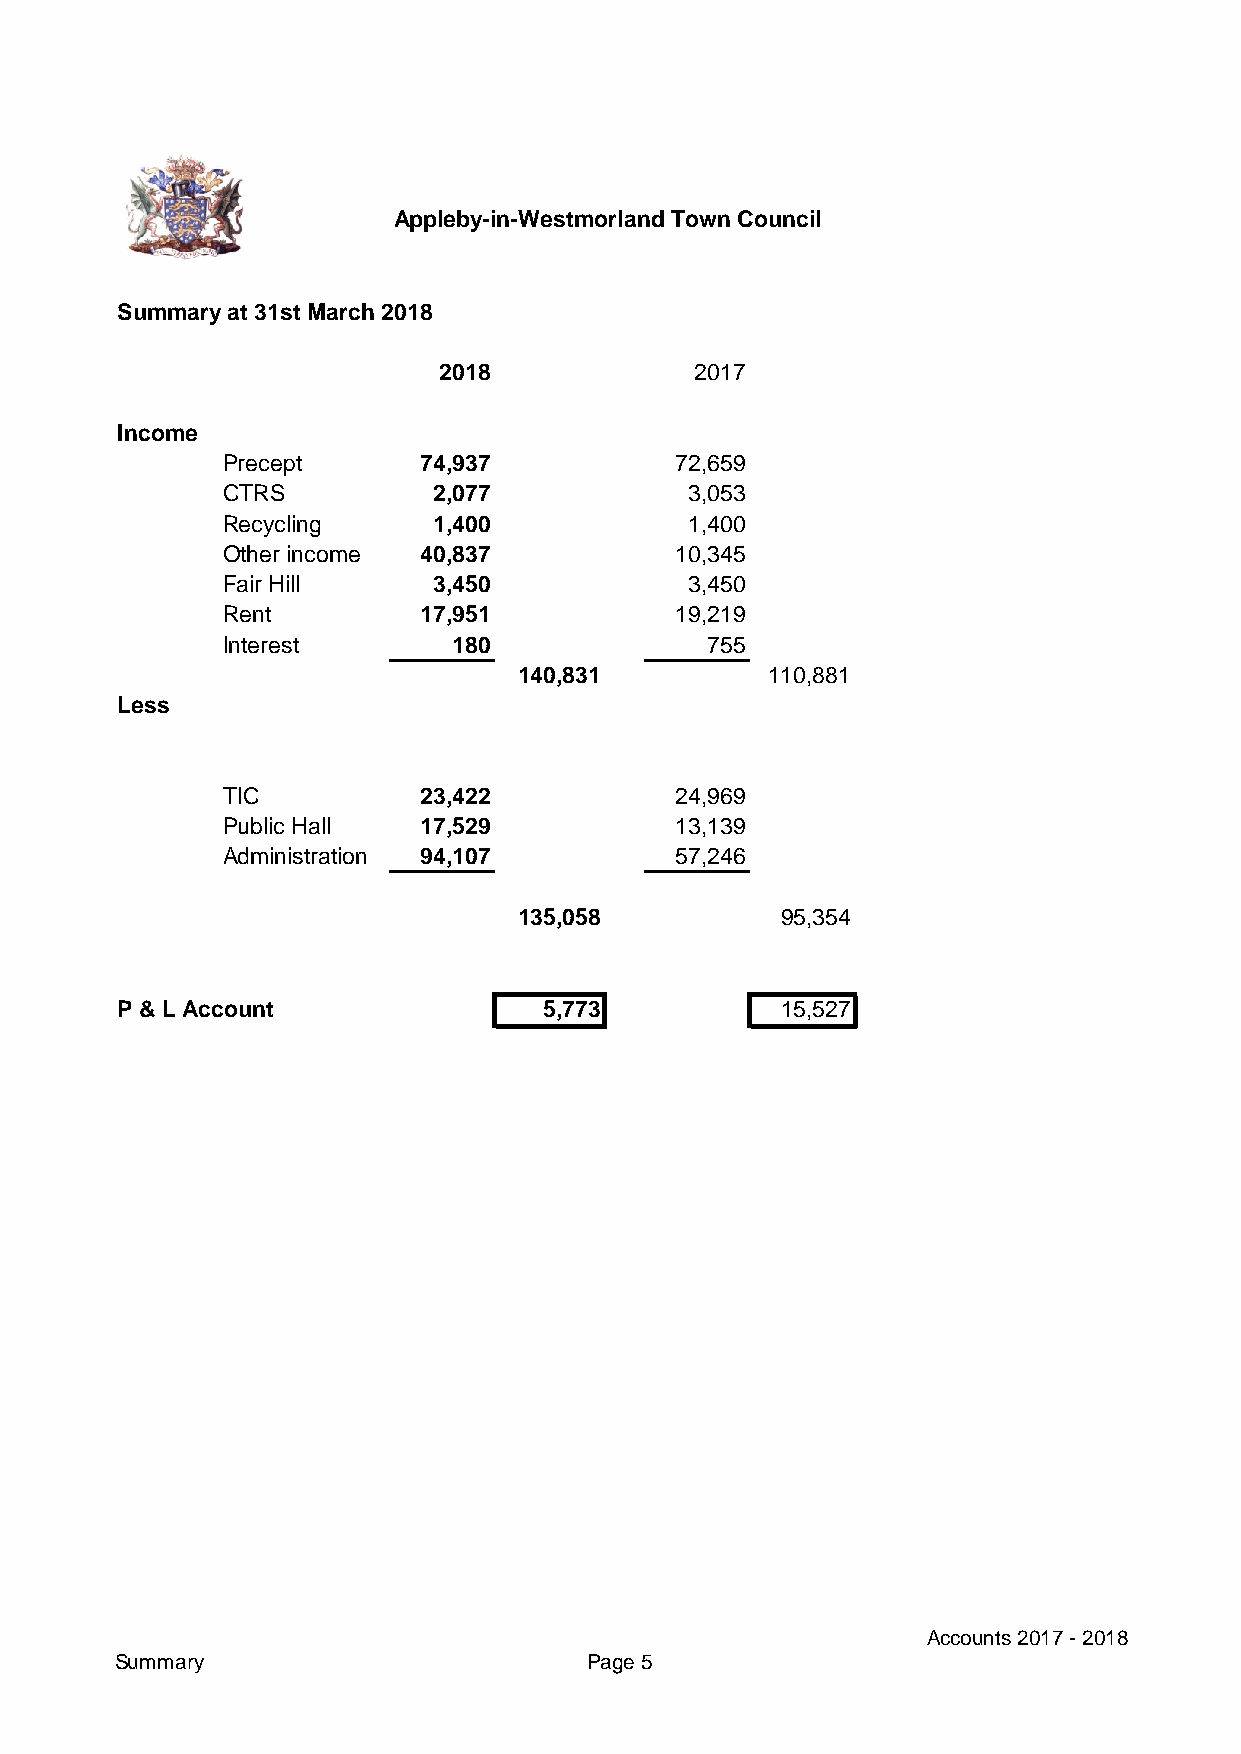
Appleby-in-Westmorland Town Council
 Summary at 31st March 2018
 2018             2017
 Income
 Precept      74,937           72,659
 CTRS          2,077            3,053
 Recycling     1,400            1,400
 Other income 40,837           10,345
 Fair Hill     3,450            3,450
 Rent         17,951           19,219
 Interest       180              755
 140,831          110,881
 Less
 TIC          23,422           24,969
 Public Hall  17,529           13,139
 Administration 94,107         57,246
 135,058           95,354
 P & L Account               5,773           15,527
 Accounts 2017 - 2018
 Summary                        Page 5